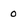
Character: 0